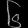
Digit: ၆